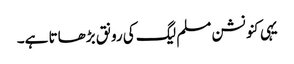
یہی کنونشن مسلم لیگ کی رونق بڑھاتا ہے۔